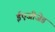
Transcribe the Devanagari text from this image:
ईएजीजेड